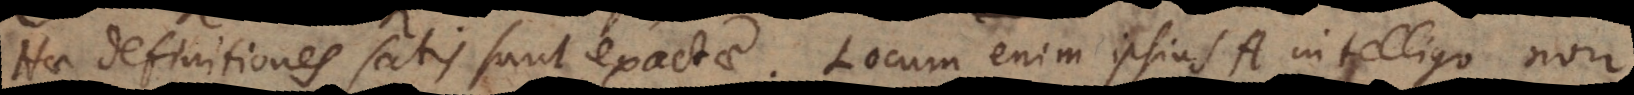
Hae definitiones satis sunt exactae. Locum enim ipsius A intelligo non